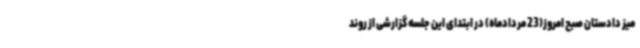
میز دادستان صبح امروز(23 مردادماه) در ابتدای این جلسه گزارشی از روند